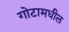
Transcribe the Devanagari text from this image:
गोटामधील